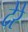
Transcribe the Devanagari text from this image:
देरे